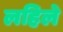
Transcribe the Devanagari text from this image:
लहिले